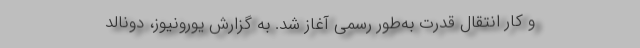
و کار انتقال قدرت به‌طور رسمی آغاز شد. به گزارش یورونیوز، دونالد